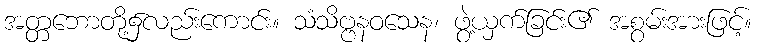
အတ္တဘောတို့၌လည်းကောင်း။ သံသိဗ္ဗနဝသေန၊ ဖွဲ့ယှက်ခြင်း၏ အစွမ်းအားဖြင့်။